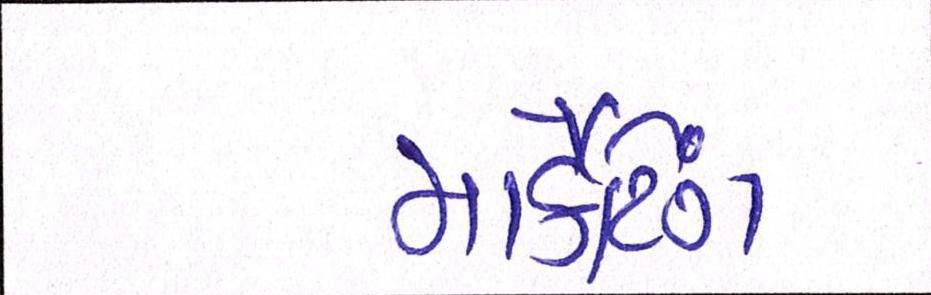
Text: માર્કેટિંગ